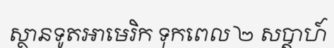
ស្ថានទូតអាមេរិក ទុកពេល ២ សប្តាហ៍